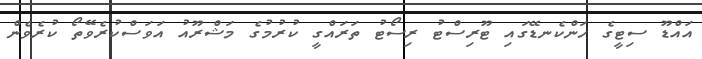
އައްޑޫ ސިޓީގެ ހަންކެނޑޭގައި ޓޫރިސްޓު ރިސޯޓު ތަރައްގީ ކުރުމުގެ މަޝްރޫއު އަވަސްކުރެވޭތޯ ކުރެވެން